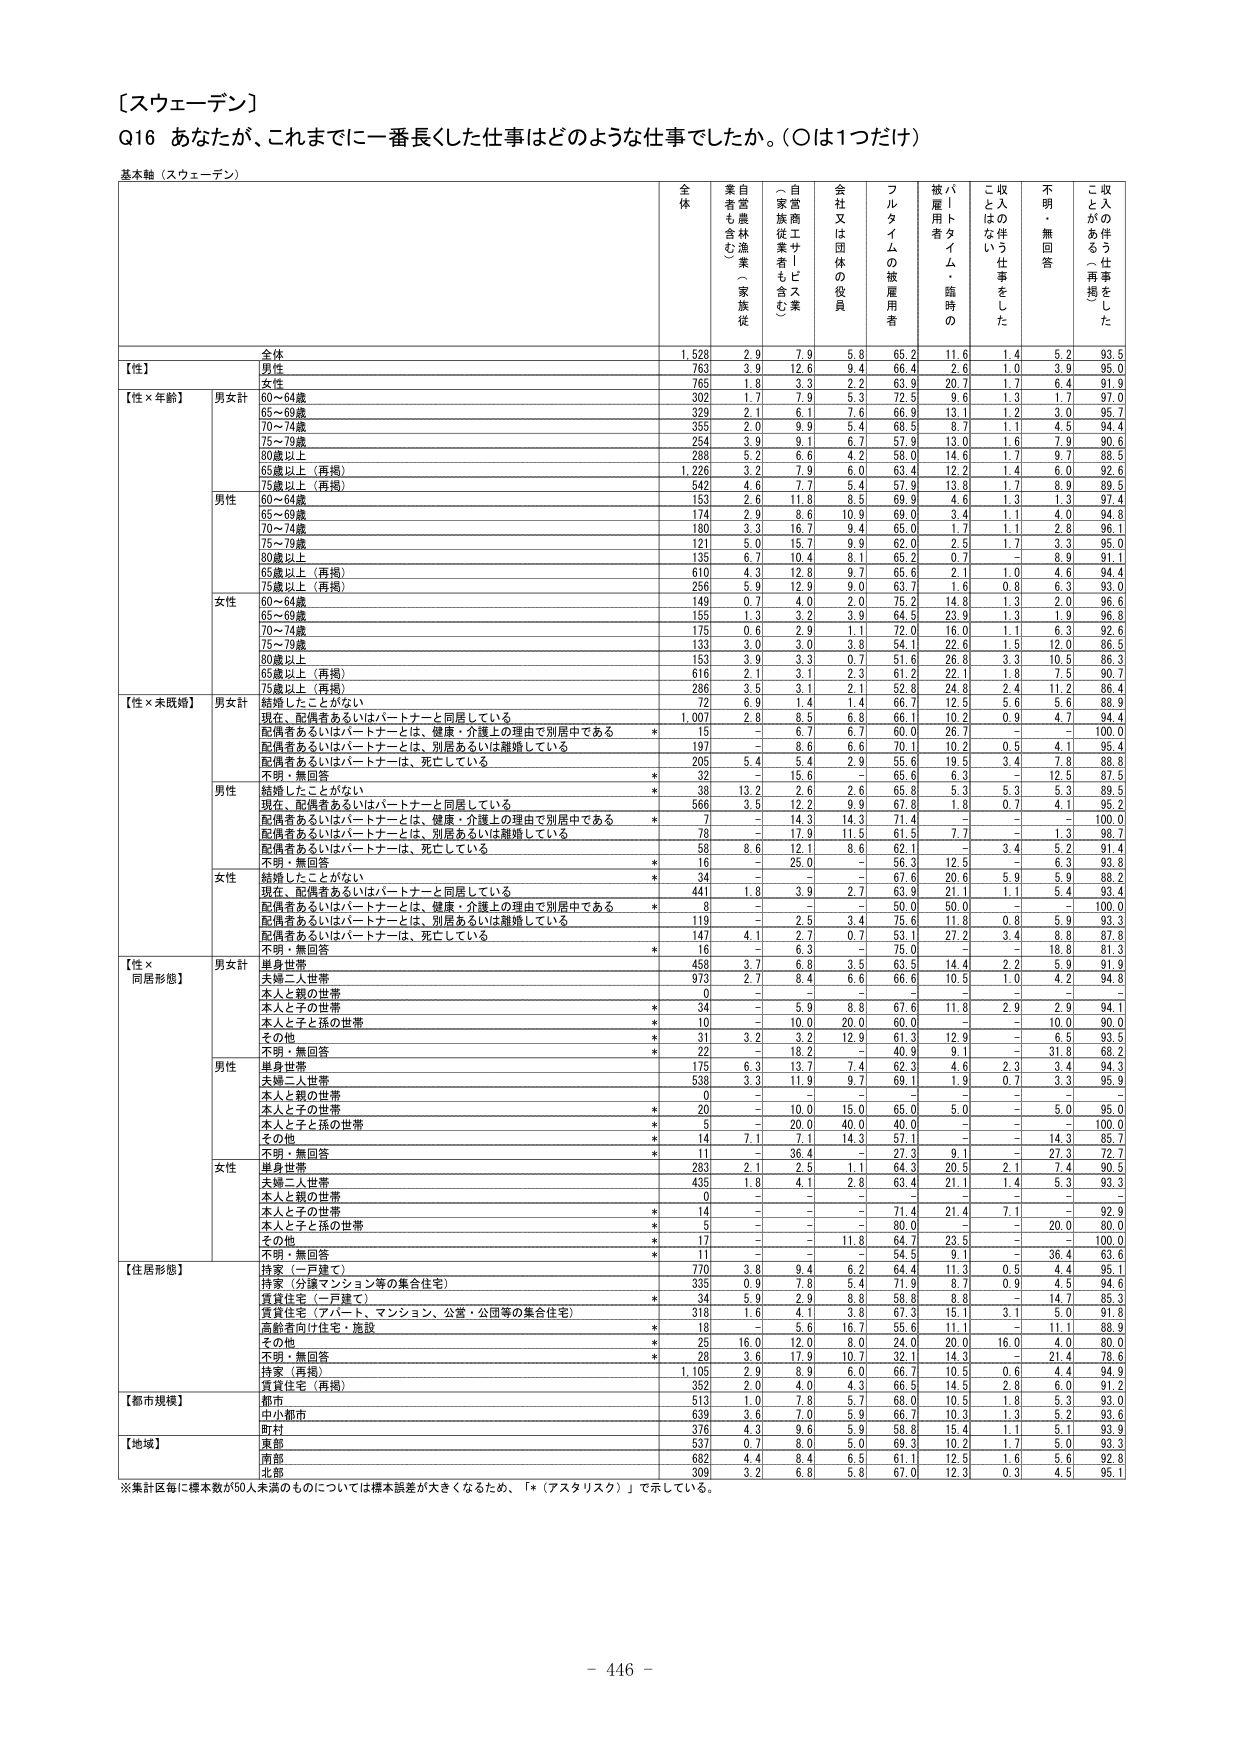
［スウェーデン］
Q16 あなたが、これまでに一番長くした仕事はどのような仕事でしたか。（○は1つだけ）
基本軸（スウェーデン）

全体
自営農林漁業（家族従業も含む）
自営商工サービス業（家族従業者も含む）
会社又は団体の役員
フルタイムの被雇用者
パートタイム・臨時の被雇用者
収入の伴う仕事をした
収入の伴う仕事はしていない
不明・無回答
収入がある（再掲）

全体
1,528
2.9
7.9
5.8
65.2
11.6
1.4
5.2
93.5

【性】
男性
763
3.9
12.6
9.4
66.4
2.6
1.0
3.9
95.0
女性
765
1.8
3.3
2.2
63.9
20.7
1.7
6.4
91.9

【性×年齢】
男女計
60～64歳
302
1.7
7.9
5.3
72.5
9.6
1.3
1.7
97.0
65～69歳
329
2.1
6.1
7.6
66.9
13.1
1.2
3.0
95.7
70～74歳
355
2.0
9.9
5.4
68.5
8.7
1.1
4.5
94.4
75～79歳
254
3.9
9.1
6.7
57.9
13.0
1.6
7.9
90.6
80歳以上
288
5.2
6.6
4.2
58.0
14.6
1.7
9.7
88.5
65歳以上（再掲）
1,226
3.2
7.9
6.0
63.4
12.2
1.4
6.0
92.6
75歳以上（再掲）
542
4.6
7.7
5.4
57.9
13.8
1.7
8.9
89.5

男性
60～64歳
153
2.6
11.8
8.5
69.9
4.6
1.3
1.3
97.4
65～69歳
174
2.9
8.6
10.9
69.0
3.4
1.1
4.0
94.8
70～74歳
180
3.3
16.7
9.4
65.0
1.7
1.1
2.8
96.1
75～79歳
121
5.0
15.7
9.9
62.0
2.5
1.7
3.3
95.0
80歳以上
135
6.7
10.4
8.1
65.2
0.7
－
8.9
91.1
65歳以上（再掲）
610
4.3
12.8
9.7
65.6
2.1
1.0
4.6
94.4
75歳以上（再掲）
256
5.9
12.9
9.0
63.7
1.6
0.8
6.3
93.0

女性
60～64歳
149
0.7
4.0
2.0
75.2
14.8
1.3
2.0
96.6
65～69歳
155
1.3
3.2
3.9
64.5
23.9
1.3
1.9
96.8
70～74歳
175
0.6
2.9
1.1
72.0
16.0
1.1
6.3
92.6
75～79歳
133
3.0
3.0
3.8
54.1
22.6
1.5
12.0
86.5
80歳以上
153
3.9
3.3
0.7
51.6
26.8
3.3
10.5
86.3
65歳以上（再掲）
616
2.1
3.1
2.3
61.2
22.1
1.8
7.5
90.7
75歳以上（再掲）
286
3.5
3.1
2.1
52.8
24.8
2.4
11.2
86.4

【性×未婚婚】
男女計
結婚したことがない
72
6.9
1.4
1.4
66.7
12.5
5.6
5.6
88.9
現在、配偶者あるいはパートナーと同居している
1,007
2.8
8.5
6.8
66.1
10.2
0.9
4.7
94.4
配偶者あるいはパートナーとは、健康・介護上の理由で別居中である
*
15
－
6.7
6.7
60.0
26.7
－
－
100.0
配偶者あるいはパートナーとは、別居あるいは離婚している
197
－
8.6
6.6
70.1
10.2
0.5
4.1
95.4
配偶者あるいはパートナーは、死亡している
205
5.4
5.4
2.9
55.6
19.5
3.4
7.8
88.8
不明・無回答
*
32
－
15.6
－
65.6
6.3
－
12.5
87.5

男性
結婚したことがない
*
38
13.2
2.6
2.6
65.8
5.3
5.3
5.3
89.5
現在、配偶者あるいはパートナーと同居している
566
3.5
12.2
9.9
67.8
1.8
0.7
4.1
95.2
配偶者あるいはパートナーとは、健康・介護上の理由で別居中である
*
7
－
14.3
14.3
71.4
－
－
－
100.0
配偶者あるいはパートナーとは、別居あるいは離婚している
78
－
17.9
11.5
61.5
7.7
－
1.3
98.7
配偶者あるいはパートナーは、死亡している
58
8.6
12.1
8.6
62.1
－
3.4
5.2
91.4
不明・無回答
*
16
－
25.0
－
36.3
12.5
－
6.3
93.8

女性
結婚したことがない
*
34
－
－
－
67.6
20.6
5.9
5.9
88.2
現在、配偶者あるいはパートナーと同居している
441
1.8
3.9
2.7
63.9
21.1
1.1
5.4
93.2
配偶者あるいはパートナーとは、健康・介護上の理由で別居中である
*
8
－
－
－
50.0
50.0
－
－
100.0
配偶者あるいはパートナーとは、別居あるいは離婚している
119
－
2.5
3.4
75.6
11.8
0.8
5.9
93.3
配偶者あるいはパートナーは、死亡している
147
4.1
2.7
0.7
53.1
27.2
3.4
8.8
87.8
不明・無回答
*
16
－
6.3
－
75.0
－
－
18.8
81.3

【性×同居形態】
男女計
単身世帯
458
3.7
6.8
3.5
63.5
14.4
2.2
5.9
91.9
夫婦二人世帯
973
2.7
8.4
6.6
66.6
10.5
1.0
4.2
94.8
本人と親の世帯
0
－
－
－
－
－
－
－
－
本人と子の世帯
*
34
－
5.9
8.8
67.6
11.8
2.9
2.9
94.1
本人と子と孫の世帯
*
10
－
10.0
20.0
60.0
－
－
10.0
90.0
その他
*
31
3.2
3.2
12.9
61.3
12.9
－
6.5
93.5
不明・無回答
*
22
－
18.2
－
40.9
9.1
－
31.8
68.2

男性
単身世帯
175
6.3
13.7
7.4
62.3
4.6
2.3
3.4
94.3
夫婦二人世帯
538
3.3
11.9
9.7
69.1
1.9
0.7
3.3
95.9
本人と親の世帯
0
－
－
－
－
－
－
－
－
本人と子の世帯
*
20
－
10.0
15.0
65.0
5.0
－
5.0
95.0
本人と子と孫の世帯
*
5
－
20.0
40.0
40.0
－
－
－
100.0
その他
*
14
7.1
7.1
14.3
57.1
－
－
14.3
85.7
不明・無回答
*
11
－
36.4
－
27.3
9.1
－
27.3
72.7

女性
単身世帯
283
2.1
2.5
1.1
64.3
20.5
2.1
7.4
90.5
夫婦二人世帯
435
1.8
4.1
2.8
63.4
21.1
1.4
5.3
93.3
本人と親の世帯
0
－
－
－
－
－
－
－
－
本人と子の世帯
*
14
－
－
－
71.4
21.4
7.1
－
92.9
本人と子と孫の世帯
*
5
－
－
－
80.0
－
－
20.0
80.0
その他
*
17
－
－
11.8
64.7
23.5
－
－
100.0
不明・無回答
*
11
－
－
－
54.5
9.1
－
36.4
63.6

【住居形態】
持家（一戸建て）
770
3.8
9.4
6.2
64.4
11.3
0.5
4.4
95.1
持家（分譲マンション等の集合住宅）
335
0.9
7.8
5.4
71.9
8.7
0.9
4.5
94.6
賃貸住宅（一戸建て）
*
34
5.9
2.9
8.8
58.8
8.8
－
14.7
85.3
賃貸住宅（アパート、マンション、公営・公団等の集合住宅）
318
1.6
4.1
3.8
67.3
15.1
3.1
5.0
91.8
高齢者向け住宅・施設
*
18
－
5.6
16.7
55.6
11.1
－
11.1
88.9
その他
*
25
16.0
12.0
8.0
24.0
20.0
16.0
4.0
80.0
不明・無回答
*
28
3.6
17.9
10.7
32.1
14.3
－
21.4
78.6
持家（再掲）
1,105
2.9
8.9
6.0
66.7
10.5
0.6
4.4
94.9
賃貸住宅（再掲）
352
2.0
4.0
4.3
66.5
14.5
2.8
6.0
91.2

【都市規模】
都市
513
1.0
7.8
5.7
68.0
10.5
1.8
5.3
93.0
中小都市
639
3.6
7.0
5.9
66.7
10.3
1.3
5.2
93.6
町村
376
4.3
9.6
5.9
58.8
15.4
1.1
5.1
93.9

【地域】
東部
537
0.7
8.0
5.0
69.3
10.2
1.7
5.0
93.3
南部
682
4.4
8.4
6.5
61.1
12.5
1.6
5.6
92.8
北部
309
3.2
6.8
5.8
67.0
12.3
0.3
4.5
95.1

※集計区毎に標本数が50人未満のものについては標本誤差が大きくなるため、「*（アスタリスク）」で示している。
- 446 -